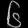
Digit: ၆